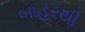
બાહરથી